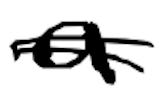
Text: a
Cross-out: double-line
Writing tool: digital_black